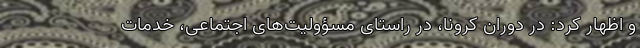
و اظهار کرد: در دوران کرونا، در راستای مسؤولیت‌های اجتماعی، خدمات